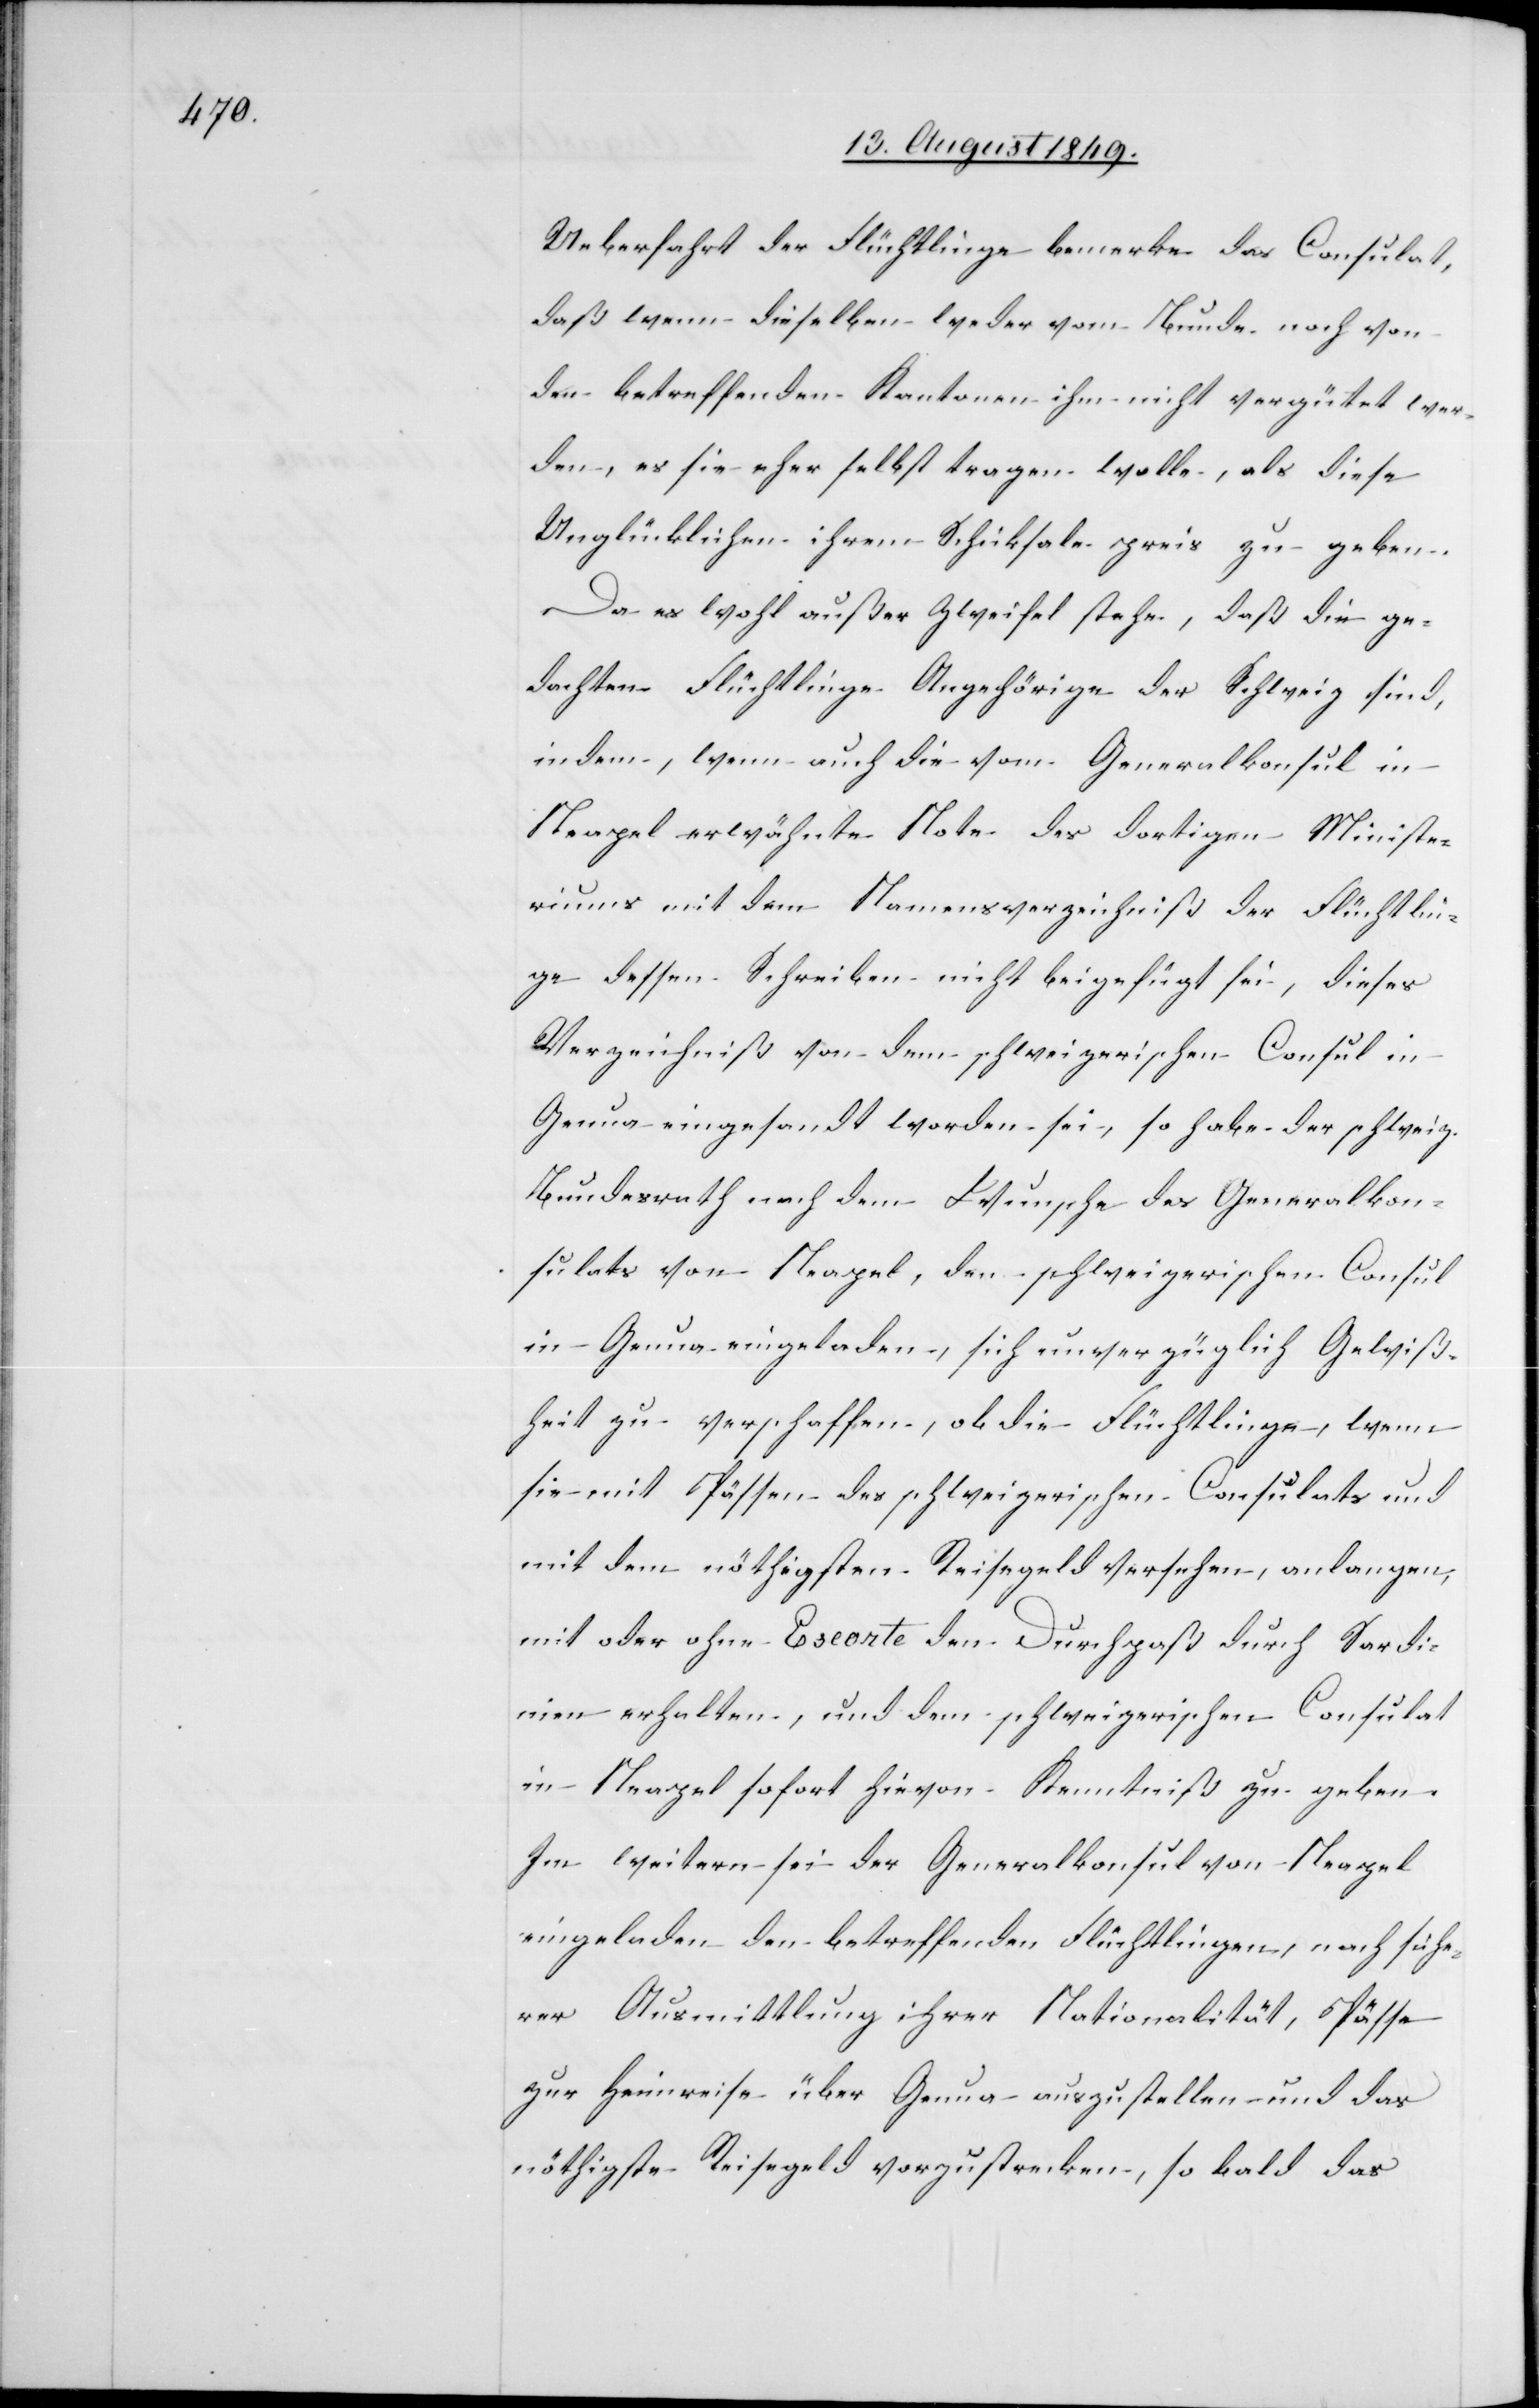
Ueberfahrt der Flüchtlinge bemerke das Consulat,
daß wenn dieselben weder vom Bunde noch von
den betreffenden Kantonen ihm nicht vergütet wer¬
den, es sie eher selbst tragen wolle, als diese
Unglücklichen ihrem Schicksale preis zu geben.
Da es wohl außer Zweifel stehe, daß die ge¬
dachten Flüchtlinge Angehörige der Schweiz sind,
indem, wenn auch die vom Generalkonsul in
Neapel erwähnte Note des dortigen Ministe¬
riums mit dem Namensverzeichniß der Flüchtlin¬
ge dessen Schreiben nicht beigefügt sei, dieses
Verzeichniß von dem schweizerischen Consul in
Genua eingesandt worden sei, so habe der schweiz.
Bundesrath nach dem Wunsche des Generalkon¬
sulats von Neapel, den schweizerischen Consul
in Genua eingeladen, sich unverzüglich Gewiß¬
heit zu verschaffen, ob die Flüchtlinge, wenn
sie mit Pässen des schweizerischen Consulats und
mit dem nöthigsten Reisegeld versehen, anlangen,
mit oder ohne Escorte den Durchpaß durch Sardi¬
nien erhalten, und dem schweizerischen Consulat
in Neapel sofort hievon Kenntniß zu geben.
Im weitern sei der Generalkonsul von Neapel
eingeladen den betreffenden Flüchtlingen, nach siche¬
rer Ausmittlung ihrer Nationalität, Pässe
zur Heimreise über Genua auszustellen und das
nöthigste Reisegeld vorzustrecken, so bald das